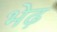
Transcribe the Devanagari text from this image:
भेढ़